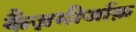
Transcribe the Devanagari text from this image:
कैज़मीर्जाक़